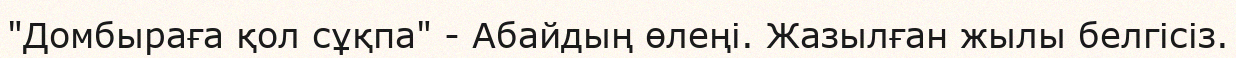
"Домбыраға қол сұқпа" - Абайдың өлеңі. Жазылған жылы белгісіз.